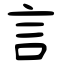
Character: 言